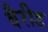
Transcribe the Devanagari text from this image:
वैरीड